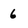
Character: 6